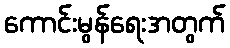
ကောင်းမွန်ရေးအတွက်